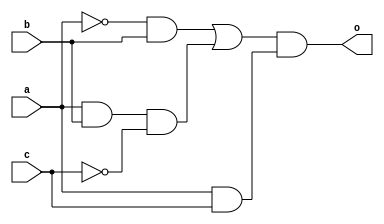
module experssion_using_gate_flow(a,b,c,o);
input a,b,c;
output o;
wire w1,w2,w3,w4,w5,w6;
and a1(w1,a,c);
not n1(w2,c);
not n2(w3,a);
and a2(w4,w3,b);
and a3(w5,a,b,w2);
or r1(w6,w4,w5);
and a4(o,w6,w1);
endmodule

////////////////////////////////////////TEST BENCH////////////////////////////
module experssion_using_gate_flow_tb();
reg a,b,c;
wire o;
experssion_using_gate_flow e1(a,b,c,o);
initial
	begin
		a=0;b=0;c=0;
#10	a=0;b=0;c=1;
#10	a=0;b=1;c=0;
#10	a=0;b=1;c=1;
#10	a=1;b=0;c=0;
#10	a=1;b=0;c=1;
#10	a=1;b=1;c=0;
#10	a=1;b=1;c=1;
#10	
$stop;
end
endmodule